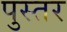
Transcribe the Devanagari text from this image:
पुस्तर